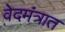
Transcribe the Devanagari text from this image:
वेदमंत्रात